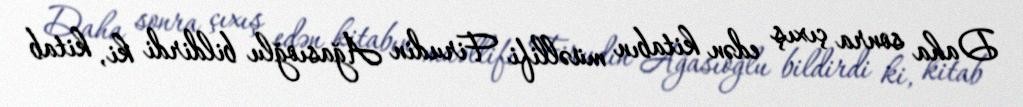
Daha sonra çıxış edən kitabın müəllifi Firudin Ağasıoğlu bildirdi ki, kitab